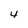
Character: 4